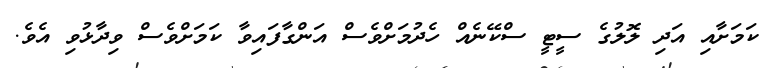
ކަމަށާއި އަދި ލޮލުގެ ސީޓީ ސްކޭނެއް ހެދުމަށްވެސް އަންގާފައިވާ ކަމަށްވެސް ވިދާޅުވި އެވެ.